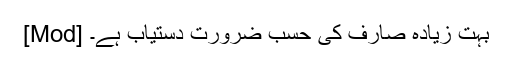
[Mod] بہت زیادہ صارف کی حسب ضرورت دستیاب ہے۔